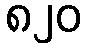
၈၂၀